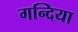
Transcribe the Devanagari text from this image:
गन्दिया